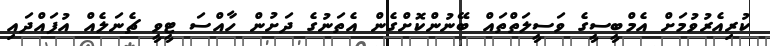
ކުރިއެރުވުމަށް އެމްބީސީގެ ވަސީލަތްތައް ބޭނުންކޮށްގެން އެތަނުގެ ދަށުން ހާއްސަ ޓީވީ ޗެނަލެއް އުފައްދައި